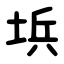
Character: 㙃